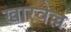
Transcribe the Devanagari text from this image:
खारवेल्ल